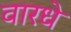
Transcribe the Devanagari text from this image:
वारधे